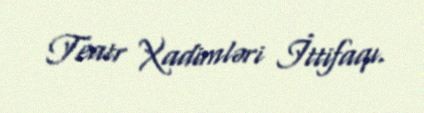
Teatr Xadimləri İttifaqı.